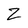
Character: Z